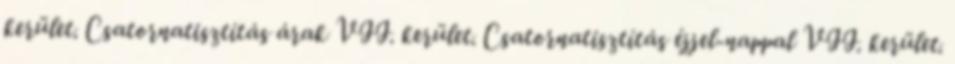
kerület. Csatornatisztítás árak VII. kerület. Csatornatisztítás éjjel-nappal VII. kerület.